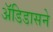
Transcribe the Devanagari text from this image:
अॅडिडासने